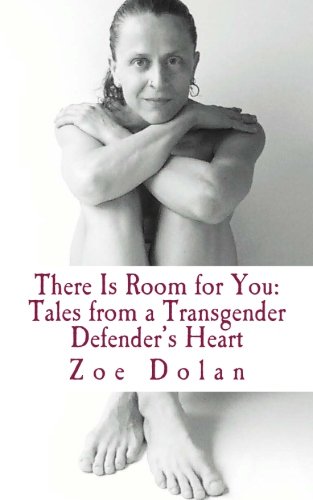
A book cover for There Is Room for You: Tales from a Transgender Defender's Heart; Zoe Dolan; Gay & Lesbian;